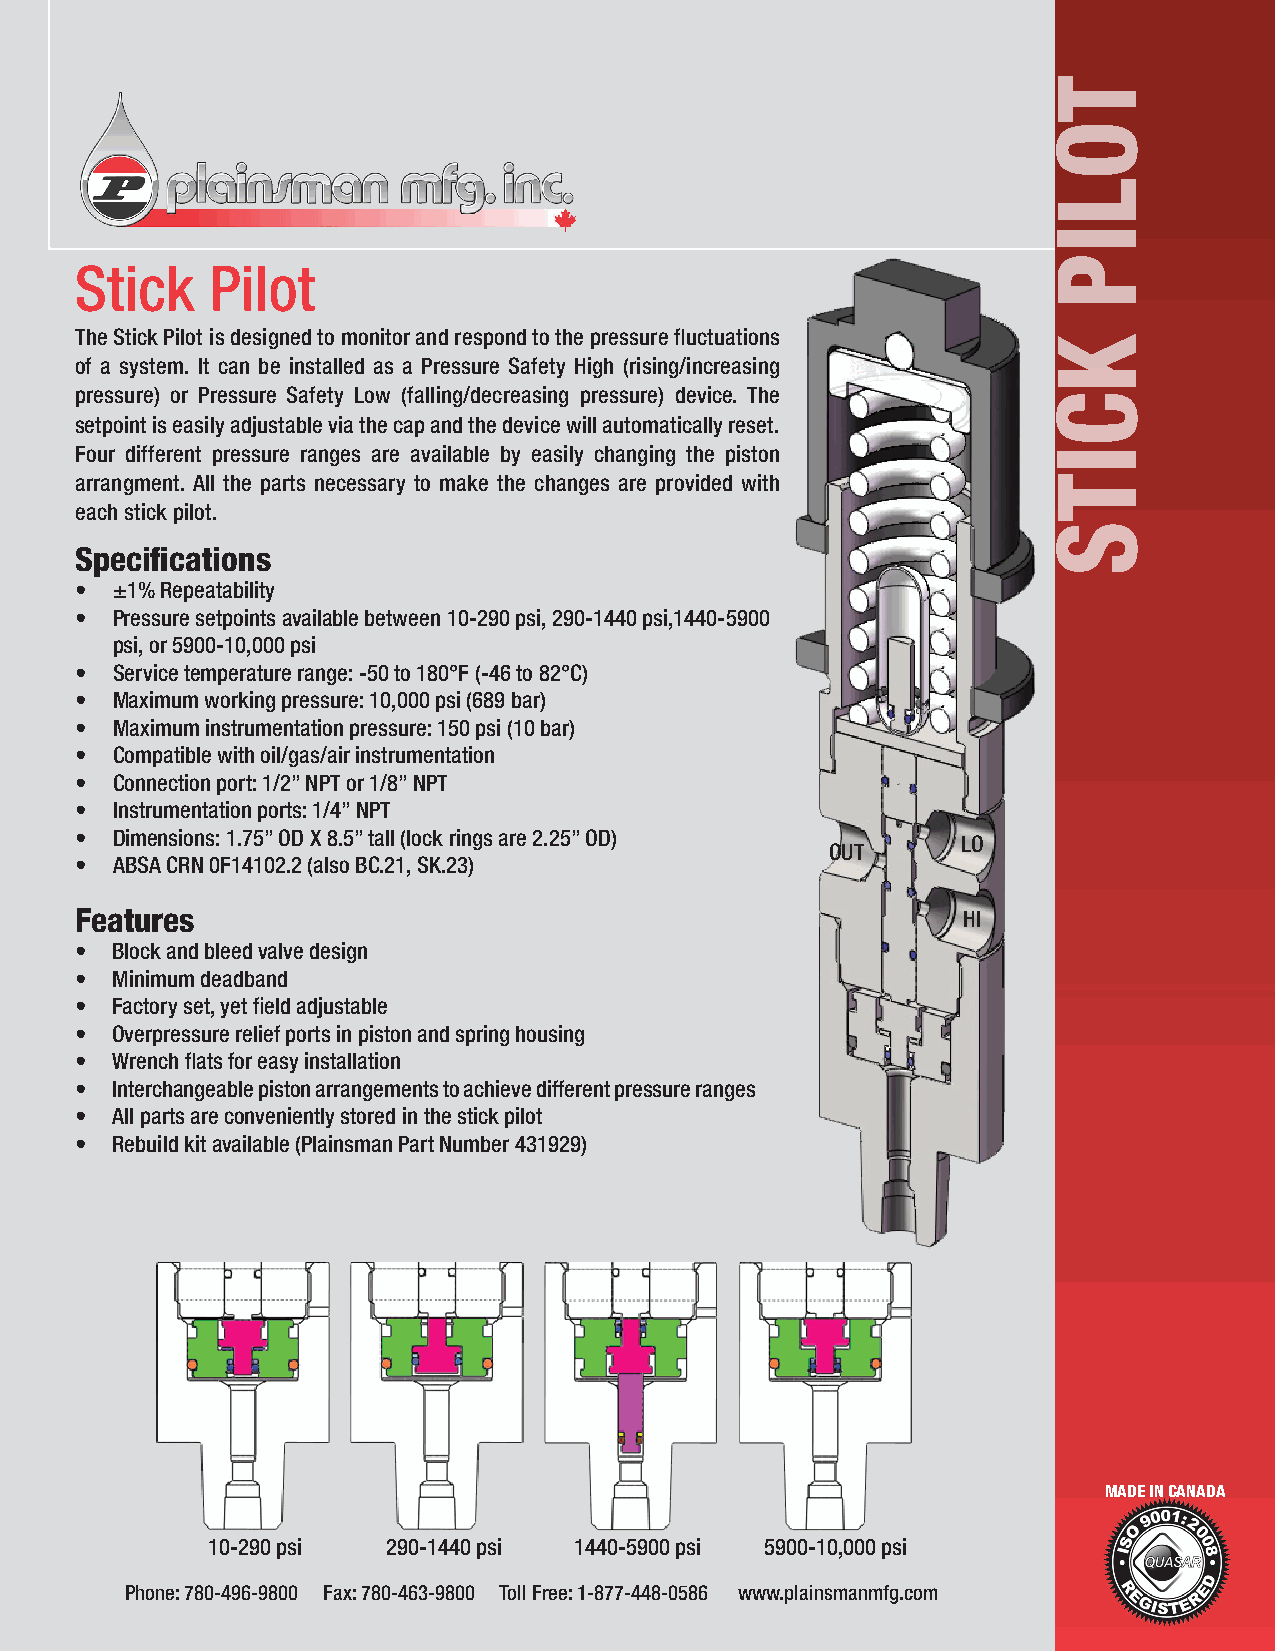
Stick    Pilot
 The Stick Pilot is designed to monitor and respond to the pressure fluctuations
 of a system. It can be installed as a Pressure Safety High (rising/increasing
 pressure) or Pressure Safety Low (falling/decreasing pressure) device. The
 setpoint is easily adjustable via the cap and the device will automatically reset.
 Four different pressure ranges are available by easily changing the piston
 arrangment. All the parts necessary to make the changes are provided with
 each stick pilot.
 Specifications
 • ±1% Repeatability
 • Pressure setpoints available between 10-290 psi, 290-1440 psi,1440-5900
 psi, or 5900-10,000 psi
 • Service temperature range: -50 to 180°F (-46 to 82°C)
 • Maximum working pressure: 10,000 psi (689 bar)
 • Maximum instrumentation pressure: 150 psi (10 bar)
 • Compatible with oil/gas/air instrumentation
 • Connection port: 1/2” NPT or 1/8” NPT
 • Instrumentation ports: 1/4” NPT
 • Dimensions: 1.75” OD X 8.5” tall (lock rings are 2.25” OD) LO
 OUT
 • ABSA CRN 0F14102.2 (also BC.21, SK.23)
 Features                                                   HI
 • Block and bleed valve design
 • Minimum deadband
 • Factory set, yet field adjustable
 • Overpressure relief ports in piston and spring housing
 • Wrench flats for easy installation
 • Interchangeable piston arrangements to achieve different pressure ranges
 • All parts are conveniently stored in the stick pilot
 • Rebuild kit available (Plainsman Part Number 431929)
 MADE IN CANADA
 10-290 psi  290-1440 psi 1440-5900 psi 5900-10,000 psi
 Phone: 780-496-9800 Fax: 780-463-9800 Toll Free: 1-877-448-0586 www.plainsmanmfg.com
 toliP
 kcitS